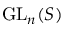
{ \mathrm { G L } } _ { n } ( S )